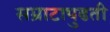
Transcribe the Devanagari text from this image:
सम्राटापुढती